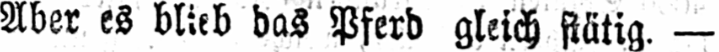
Aber es blieb das Pferd gleich stätig.-